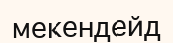
мекендейд